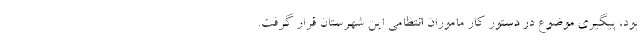
بود، پیگیری موضوع در دستور کار ماموران انتظامی این شهرستان قرار گرفت.